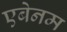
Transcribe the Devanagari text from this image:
एबेनम